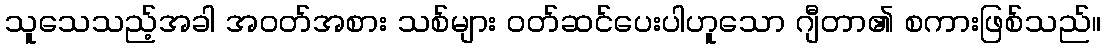
သူသေသည့်အခါ အဝတ်အစား သစ်များ ဝတ်ဆင်ပေးပါဟူသော ဂျီတာ၏ စကားဖြစ်သည်။